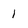
Character: 1